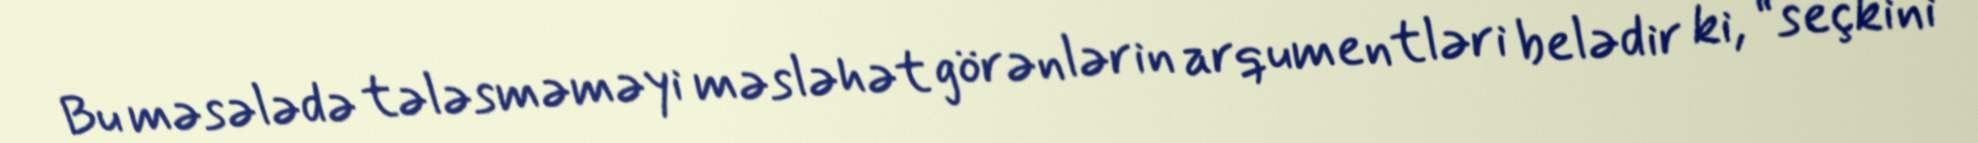
Bu məsələdə tələsməməyi məsləhət görənlərin arqumentləri belədir ki, “seçkini